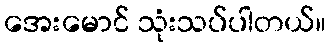
အေးမောင် သုံးသပ်ပါတယ်။